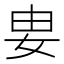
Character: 𡛽